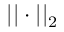
| | \cdot | | _ { 2 }